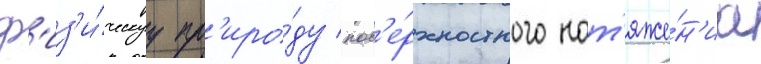
ф'из'и́ческуу пр'иро́ду пов'е́рхностного нат'яже́н'иа